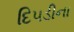
દિપડીના